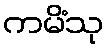
ကမိံသု